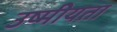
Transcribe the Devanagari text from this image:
उष्मीयता